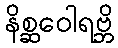
နိစ္ဆဝေါရဗ္ဘိ